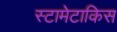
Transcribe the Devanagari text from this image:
स्टामेटाकिस